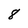
Character: 8